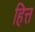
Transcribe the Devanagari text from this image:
हित्त